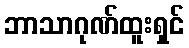
ဘာသာဂုဏ်ထူးရှင်